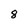
Character: 8